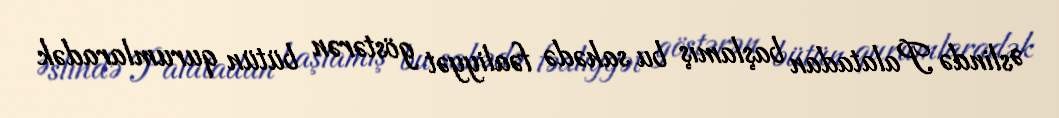
Əslində Palatadan başlamış bu sahədə fəaliyyət göstərən bütün qurumlaradək